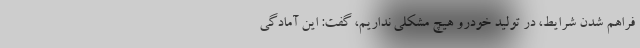
فراهم شدن شرایط، در تولید خودرو هیچ مشکلی نداریم، گفت: این آمادگی